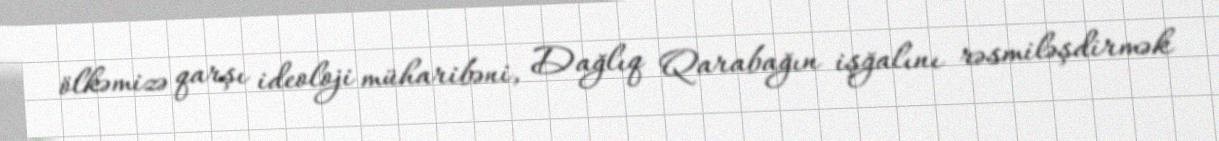
ölkəmizə qarşı ideoloji müharibəni, Dağlıq Qarabağın işğalını rəsmiləşdirmək